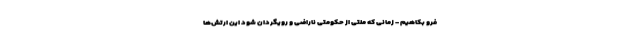
فرو بکاهیم - زمانی که ملتی از حکومتی ناراضی و رویگردان شود این ارتش‌ها